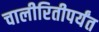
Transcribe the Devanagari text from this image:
चालीरितीपर्यंत